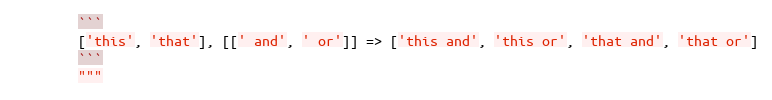
Language: Python
        ```
        ['this', 'that'], [[' and', ' or']] => ['this and', 'this or', 'that and', 'that or']
        ```
        """